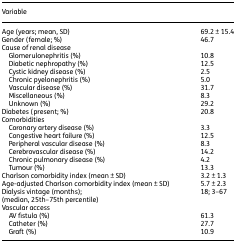
<table><thead><tr><td><b>Variable</b></td><td></td></tr></thead><tbody><tr><td>Age (years; mean, SD)</td><td>69.2 ± 15.4</td></tr><tr><td>Gender (female; %)</td><td>46.7</td></tr><tr><td colspan="2">Cause of renal disease</td></tr><tr><td> Glomerulonephritis (%)</td><td>10.8</td></tr><tr><td> Diabetic nephropathy (%)</td><td>12.5</td></tr><tr><td> Cystic kidney disease (%)</td><td>2.5</td></tr><tr><td> Chronic pyelonephritis (%)</td><td>5.0</td></tr><tr><td> Vascular disease (%)</td><td>31.7</td></tr><tr><td> Miscellaneous (%)</td><td>8.3</td></tr><tr><td> Unknown (%)</td><td>29.2</td></tr><tr><td>Diabetes (present; %)</td><td>20.8</td></tr><tr><td colspan="2">Comorbidities</td></tr><tr><td> Coronary artery disease (%)</td><td>3.3</td></tr><tr><td> Congestive heart failure (%)</td><td>12.5</td></tr><tr><td> Peripheral vascular disease (%)</td><td>8.3</td></tr><tr><td> Cerebrovascular disease (%)</td><td>14.2</td></tr><tr><td> Chronic pulmonary disease (%)</td><td>4.2</td></tr><tr><td> Tumour (%)</td><td>13.3</td></tr><tr><td>Charlson comorbidity index (mean ± SD)</td><td>3.2 ± 1.3</td></tr><tr><td>Age-adjusted Charlson comorbidity index (mean ± SD)</td><td>5.7 ± 2.3</td></tr><tr><td>Dialysis vintage (months);(median, 25th–75th percentile)</td><td>18; 3–67</td></tr><tr><td colspan="2">Vascular access</td></tr><tr><td> AV fistula (%)</td><td>61.3</td></tr><tr><td> Catheter (%)</td><td>27.7</td></tr><tr><td> Graft (%)</td><td>10.9</td></tr></tbody></table>